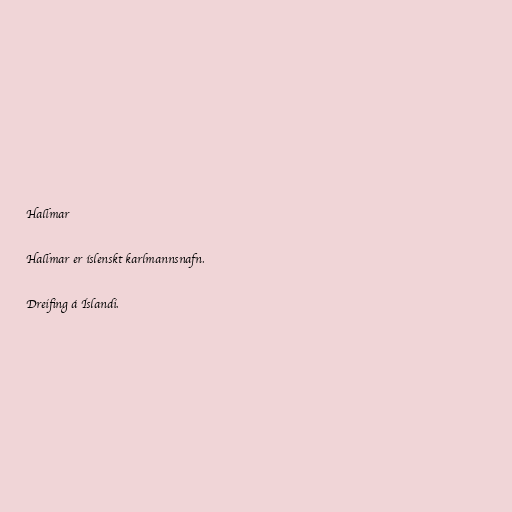
Hallmar

Hallmar er íslenskt karlmannsnafn.

Dreifing á Íslandi.